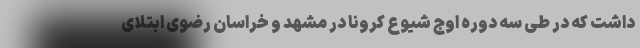
داشت که در طی سه دوره اوج شیوع کرونا در مشهد و خراسان رضوی ابتلای